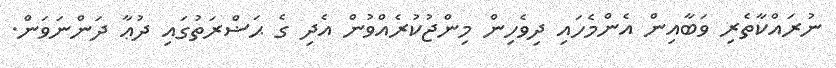
ނުރައްކާތެރި ވަބާއިން އެންމެހައި ދިވެހިން މިންޖުކުރެއްވުން އެދި ގެ ޙަޟްރަތުގައި ދުޢާ ދަންނަވަން.